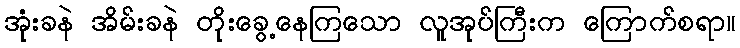
အုံးခနဲ အိမ်းခနဲ တိုးခွေ့နေကြသော လူအုပ်ကြီးက ကြောက်စရာ။